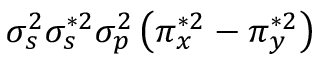
\sigma _ { s } ^ { 2 } \sigma _ { s } ^ { * 2 } \sigma _ { p } ^ { 2 } \left( \pi _ { x } ^ { * 2 } - \pi _ { y } ^ { * 2 } \right)